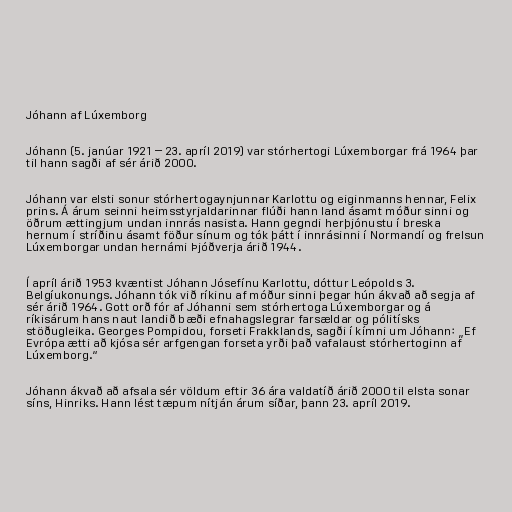
Jóhann af Lúxemborg

Jóhann (5. janúar 1921 – 23. apríl 2019) var stórhertogi Lúxemborgar frá 1964 þar
til hann sagði af sér árið 2000.

Jóhann var elsti sonur stórhertogaynjunnar Karlottu og eiginmanns hennar, Felix
prins. Á árum seinni heimsstyrjaldarinnar flúði hann land ásamt móður sinni og
öðrum ættingjum undan innrás nasista. Hann gegndi herþjónustu í breska
hernum í stríðinu ásamt föður sínum og tók þátt í innrásinni í Normandí og frelsun
Lúxemborgar undan hernámi Þjóðverja árið 1944.

Í apríl árið 1953 kvæntist Jóhann Jósefínu Karlottu, dóttur Leópolds 3.
Belgíukonungs. Jóhann tók við ríkinu af móður sinni þegar hún ákvað að segja af
sér árið 1964. Gott orð fór af Jóhanni sem stórhertoga Lúxemborgar og á
ríkisárum hans naut landið bæði efnahagslegrar farsældar og pólitísks
stöðugleika. Georges Pompidou, forseti Frakklands, sagði í kímni um Jóhann: „Ef
Evrópa ætti að kjósa sér arfgengan forseta yrði það vafalaust stórhertoginn af
Lúxemborg.“

Jóhann ákvað að afsala sér völdum eftir 36 ára valdatíð árið 2000 til elsta sonar
síns, Hinriks. Hann lést tæpum nítján árum síðar, þann 23. apríl 2019.